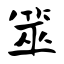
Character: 筮